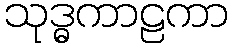
သုဒ္ဓကာဠကာ